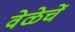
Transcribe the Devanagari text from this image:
वेळेचें